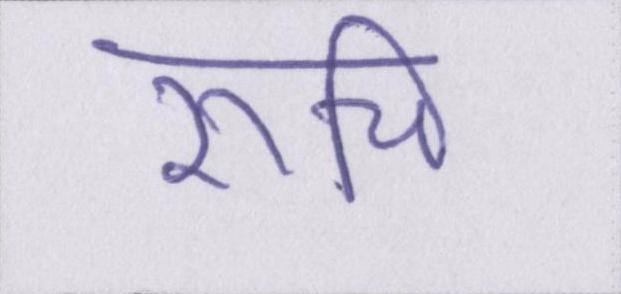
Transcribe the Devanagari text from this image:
रूचि